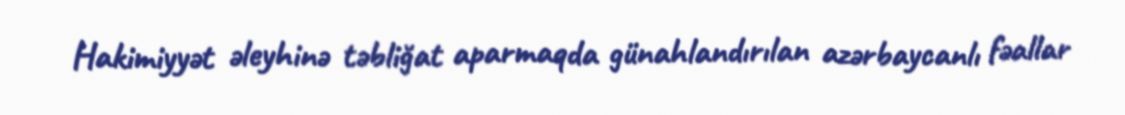
Hakimiyyət əleyhinə təbliğat aparmaqda günahlandırılan azərbaycanlı fəallar